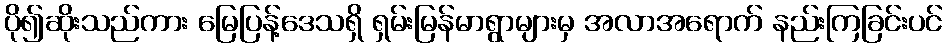
ပို၍ဆိုးသည်ကား မြေပြန့်ဒေသရှိ ရှမ်းမြန်မာရွာများမှ အလာအရောက် နည်းကြခြင်းပင်